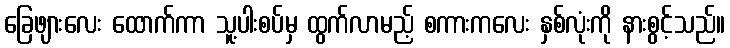
ခြေဖျားလေး ထောက်ကာ သူ့ပါးစပ်မှ ထွက်လာမည့် စကားကလေး နှစ်လုံးကို နားစွင့်သည်။